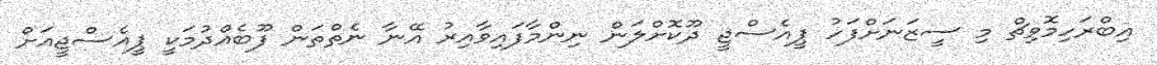
އިބްރަހިމޮވިޗް މި ސީޒަނަށްފަހު ޕީއެސްޖީ ދޫކޮށްލަން ނިންމާފައިވާއިރު އޭނާ ނެތްތަން ފޫބެއްދުމަކީ ޕީއެސްޖީއަށް